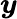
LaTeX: \boldsymbol{\mathit{y}}